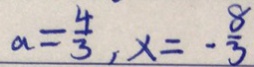
a = \frac { 4 } { 3 } , x = - \frac { 8 } { 3 }